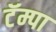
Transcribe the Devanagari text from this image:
टॅम्पा